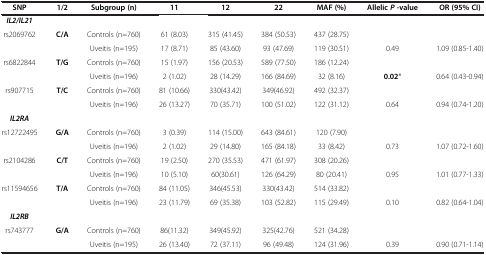
<table><thead><tr><td><b>SNP</b></td><td><b>1/2</b></td><td><b>Subgroup (n)</b></td><td><b>11</b></td><td><b>12</b></td><td><b>22</b></td><td><b>MAF (%)</b></td><td><b>Allelic <i>P</i>-value</b></td><td><b>OR (95% CI)</b></td></tr></thead><tbody><tr><td><b><i>IL2/IL21</i></b></td><td> </td><td> </td><td> </td><td> </td><td> </td><td> </td><td> </td><td> </td></tr><tr><td>rs2069762</td><td><b>C/A</b></td><td>Controls (n=760)</td><td>61 (8.03)</td><td>315 (41.45)</td><td>384 (50.53)</td><td>437 (28.75)</td><td> </td><td> </td></tr><tr><td> </td><td> </td><td>Uveitis (n=195)</td><td>17 (8.71)</td><td>85 (43.60)</td><td>93 (47.69)</td><td>119 (30.51)</td><td>0.49</td><td>1.09 (0.85-1.40)</td></tr><tr><td>rs6822844</td><td><b>T/G</b></td><td>Controls (n=760)</td><td>15 (1.97)</td><td>156 (20.53)</td><td>589 (77.50)</td><td>186 (12.24)</td><td> </td><td> </td></tr><tr><td> </td><td> </td><td>Uveitis (n=196)</td><td>2 (1.02)</td><td>28 (14.29)</td><td>166 (84.69)</td><td>32 (8.16)</td><td><b>0.02</b>*</td><td>0.64 (0.43-0.94)</td></tr><tr><td>rs907715</td><td><b>T/C</b></td><td>Controls (n=760)</td><td>81 (10.66)</td><td>330(43.42)</td><td>349(46.92)</td><td>492 (32.37)</td><td> </td><td> </td></tr><tr><td> </td><td> </td><td>Uveitis (n=196)</td><td>26 (13.27)</td><td>70 (35.71)</td><td>100 (51.02)</td><td>122 (31.12)</td><td>0.64</td><td>0.94 (0.74-1.20)</td></tr><tr><td><b><i>IL2RA</i></b></td><td> </td><td> </td><td> </td><td> </td><td> </td><td> </td><td> </td><td> </td></tr><tr><td>rs12722495</td><td><b>G/A</b></td><td>Controls (n=760)</td><td>3 (0.39)</td><td>114 (15.00)</td><td>643 (84.61)</td><td>120 (7.90)</td><td> </td><td> </td></tr><tr><td> </td><td> </td><td>Uveitis (n=196)</td><td>2 (1.02)</td><td>29 (14.80)</td><td>165 (84.18)</td><td>33 (8.42)</td><td>0.73</td><td>1.07 (0.72-1.60)</td></tr><tr><td>rs2104286</td><td><b>C/T</b></td><td>Controls (n=760)</td><td>19 (2.50)</td><td>270 (35.53)</td><td>471 (61.97)</td><td>308 (20.26)</td><td> </td><td> </td></tr><tr><td> </td><td> </td><td>Uveitis (n=196)</td><td>10 (5.10)</td><td>60(30.61)</td><td>126 (64.29)</td><td>80 (20.41)</td><td>0.95</td><td>1.01 (0.77-1.33)</td></tr><tr><td>rs11594656</td><td><b>T/A</b></td><td>Controls (n=760)</td><td>84 (11.05)</td><td>346(45.53)</td><td>330(43.42)</td><td>514 (33.82)</td><td> </td><td> </td></tr><tr><td> </td><td> </td><td>Uveitis (n=196)</td><td>23 (11.79)</td><td>69 (35.38)</td><td>103 (52.82)</td><td>115 (29.49)</td><td>0.10</td><td>0.82 (0.64-1.04)</td></tr><tr><td><b><i>IL2RB</i></b></td><td> </td><td> </td><td> </td><td> </td><td> </td><td> </td><td> </td><td> </td></tr><tr><td>rs743777</td><td><b>G/A</b></td><td>Controls (n=760)</td><td>86(11.32)</td><td>349(45.92)</td><td>325(42.76)</td><td>521 (34.28)</td><td> </td><td> </td></tr><tr><td> </td><td> </td><td>Uveitis (n=195)</td><td>26 (13.40)</td><td>72 (37.11)</td><td>96 (49.48)</td><td>124 (31.96)</td><td>0.39</td><td>0.90 (0.71-1.14)</td></tr></tbody></table>